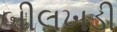
બીલખડી